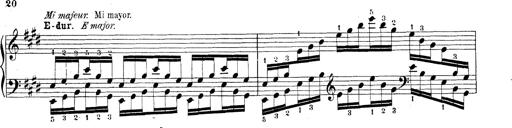
Title: Technische Studien
Composer: Franz Liszt